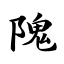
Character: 隗